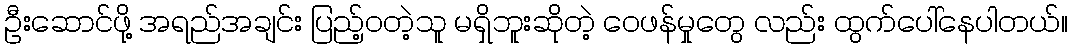
ဦးဆောင်ဖို့ အရည်အချင်း ပြည့်ဝတဲ့သူ မရှိဘူးဆိုတဲ့ ဝေဖန်မှုတွေ လည်း ထွက်ပေါ်နေပါတယ်။